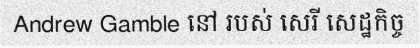
Andrew Gamble នៅ របស់ សេរី សេដ្ឋកិច្ច